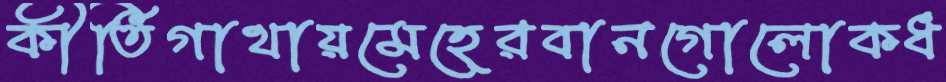
কীর্তিগাথায়মেহেরবানগোলোকধ